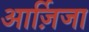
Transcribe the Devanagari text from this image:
आर्ज़िजा